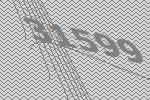
31599